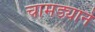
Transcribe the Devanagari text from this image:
चामड्याने